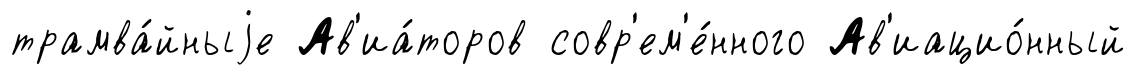
трамва́йныjе Ав'иа́торов совр'ем'е́нного Ав'иацио́нный